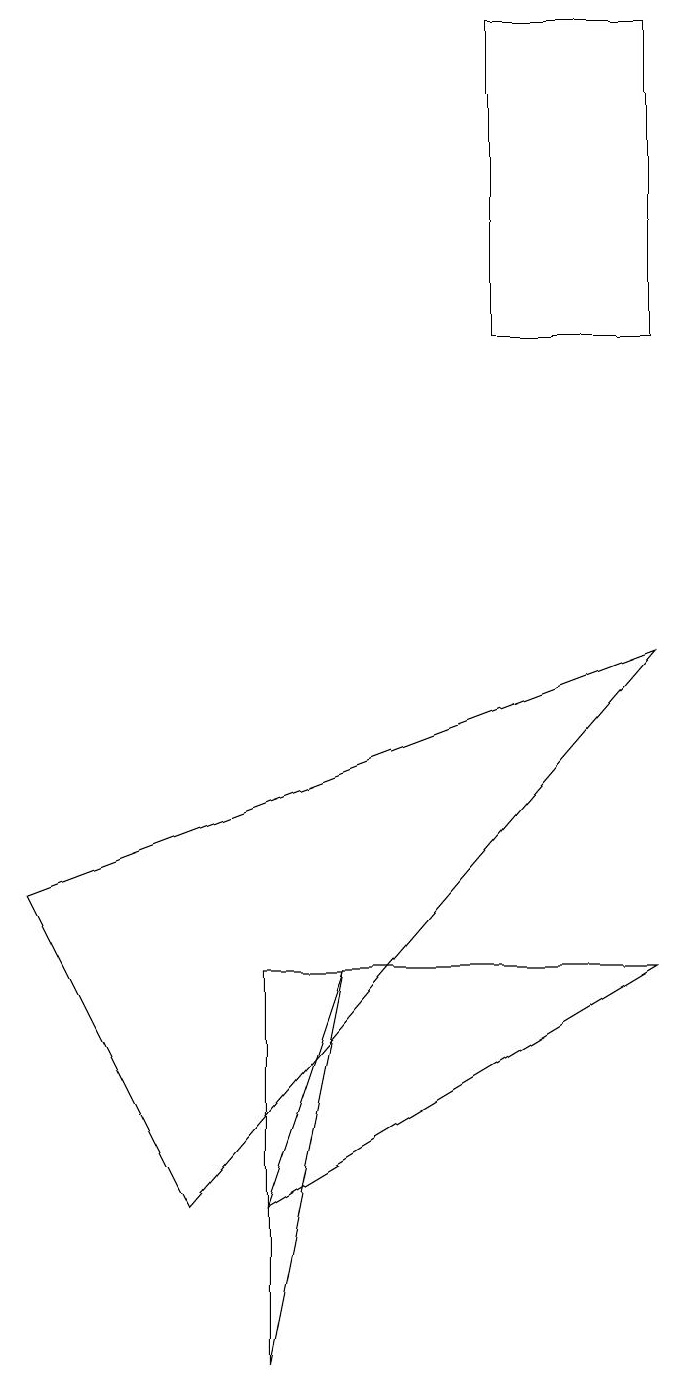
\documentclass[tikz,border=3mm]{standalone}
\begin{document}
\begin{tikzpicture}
\draw (0,6) -- (8,9) -- (2,2) -- cycle;
\draw (3,2) -- (4,5) -- (8,5) -- cycle;
\draw (6,17) rectangle (8,13);
\draw (4,5) -- (3,5) -- (3,0) -- cycle;
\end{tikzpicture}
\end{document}